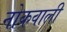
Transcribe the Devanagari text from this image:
नोकवाली